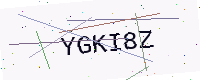
Text: YGKI8Z